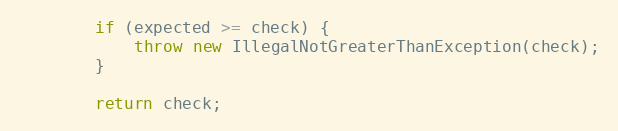
Language: Java
		if (expected >= check) {
			throw new IllegalNotGreaterThanException(check);
		}

		return check;